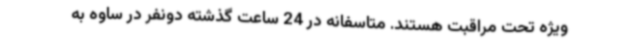
ویژه تحت مراقبت هستند. متاسفانه در 24 ساعت گذشته دونفر در ساوه به